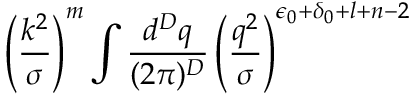
\left( \frac { k ^ { 2 } } { \sigma } \right) ^ { m } \int \frac { d ^ { D } q } { ( 2 \pi ) ^ { D } } \left( \frac { q ^ { 2 } } { \sigma } \right) ^ { \epsilon _ { 0 } + \delta _ { 0 } + l + n - 2 }